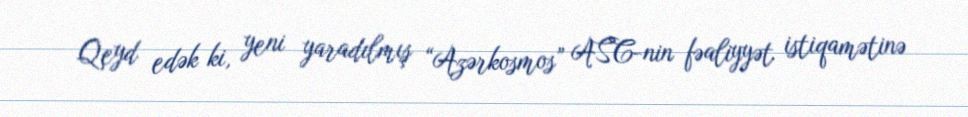
Qeyd edək ki, yeni yaradılmış “Azərkosmos” ASC-nin fəaliyyət istiqamətinə